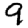
Digit: 9